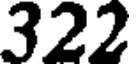
322